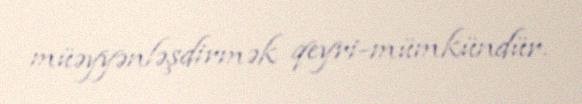
müəyyənləşdirmək qeyri-mümkündür.